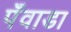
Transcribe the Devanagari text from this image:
पँवाडा